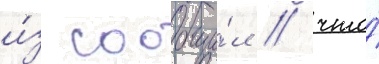
и́з сообщи́л / что́